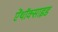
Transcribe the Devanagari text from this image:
ऐंथॉक्साइड